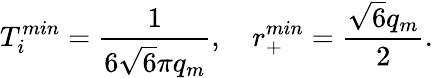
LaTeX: T_{i}^{min}=\frac{1}{6\sqrt{6}\pi q_{m}},~~~~r_{+}^{min}=\frac{\sqrt{6}q_{m}}{2}.